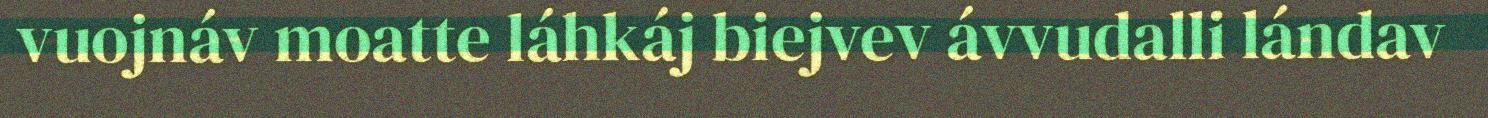
vuojnáv moatte láhkáj biejvev ávvudalli lándav